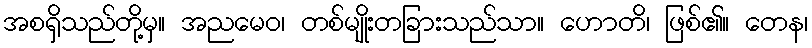
အစရှိသည်တို့မှ။ အညမေဝ၊ တစ်မျိုးတခြားသည်သာ။ ဟောတိ၊ ဖြစ်၏။ တေန၊